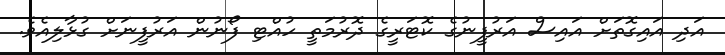
އަދި އައިގޮތަށް އައިސް އަރުފީނުގެ ކޮޓަރީގެ ދޮރުމަތީ ހުއްޓި ފޯނުން އަރުފީނަށް ގުޅާލިއެވެ.